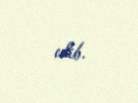
edib.